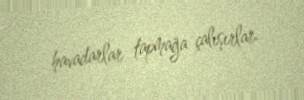
havadarlar tapmağa çalışırlar.